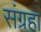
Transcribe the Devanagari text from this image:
संग्रहा